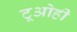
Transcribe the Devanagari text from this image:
टूओही